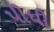
પીધી